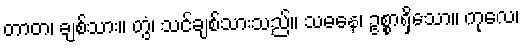
တာတ၊ ချစ်သား။ တွံ၊ သင်ချစ်သားသည်။ သဓနေ၊ ဥစ္စာရှိသော။ ကုလေ၊